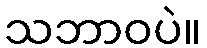
သဘာဝပဲ။